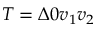
{ T = \Delta 0 v _ { 1 } v _ { 2 } }